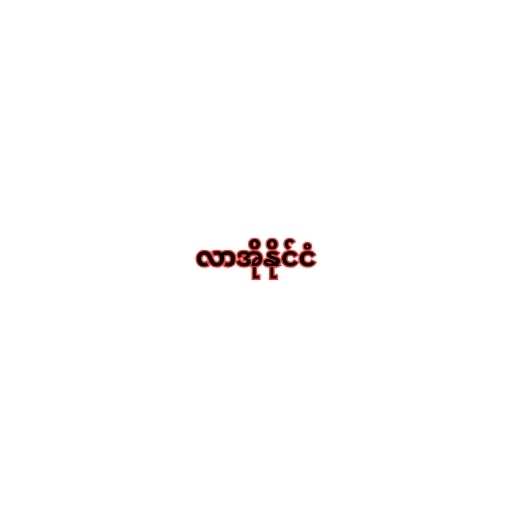
လာအိုနိုင်ငံ